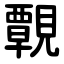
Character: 䚓